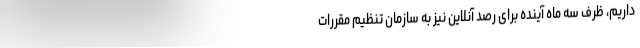
داریم، ظرف سه ماه آینده برای رصد آنلاین نیز به سازمان تنظیم مقررات